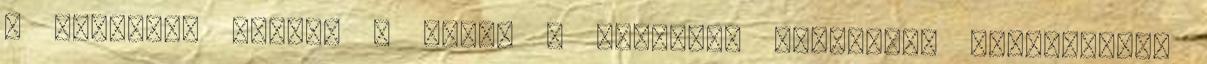
a közönség előtt. A közel 5 hektáros területen kialakított